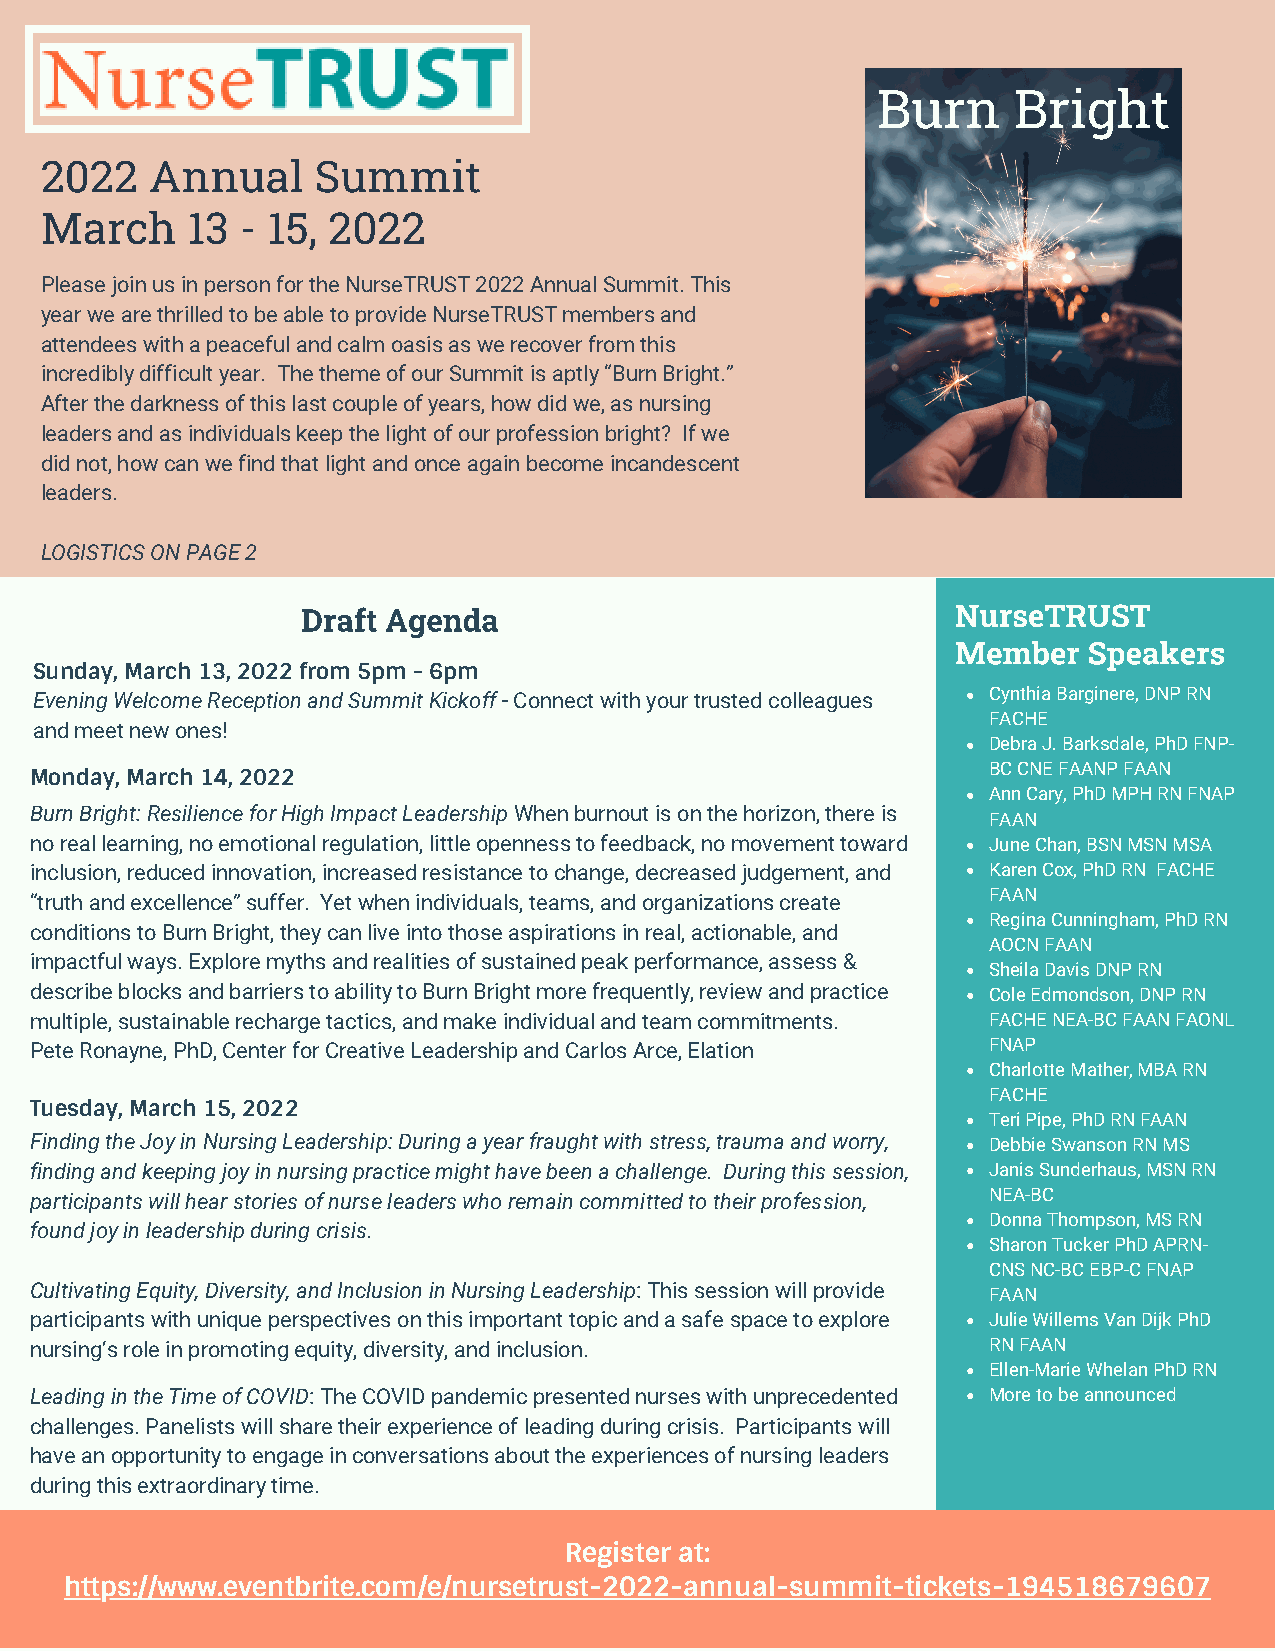
Burn     Bright
 2022   Annual     Summit
 March    13  - 15, 2022
 Please join us in person for the NurseTRUST 2022 Annual Summit. This
 year we are thrilled to be able to provide NurseTRUST members and
 attendees with a peaceful and calm oasis as we recover from this
 incredibly difficult year. The theme of our Summit is aptly “Burn Bright.”
 After the darkness of this last couple of years, how did we, as nursing
 leaders and as individuals keep the light of our profession bright? If we
 did not, how can we find that light and once again become incandescent
 leaders.
 LOGISTICS ON PAGE 2
 Draft Agenda                               NurseTRUST
 Sunday, March 13, 2022 from 5pm - 6pm                        Member   Speakers
 Evening Welcome Reception and Summit Kickoff - Connect with your trusted colleagues Cynthia Barginere, DNP RN
 FACHE
 and meet new ones!
 Debra J. Barksdale, PhD FNP-
 BC CNE FAANP FAAN
 Monday, March 14, 2022
 Ann Cary, PhD MPH RN FNAP
 Burn Bright: Resilience for High Impact Leadership When burnout is on the horizon, there is
 FAAN
 no real learning, no emotional regulation, little openness to feedback, no movement toward June Chan, BSN MSN MSA
 inclusion, reduced innovation, increased resistance to change, decreased judgement, and Karen Cox, PhD RN FACHE
 FAAN
 “truth and excellence” suffer. Yet when individuals, teams, and organizations create
 Regina Cunningham, PhD RN
 conditions to Burn Bright, they can live into those aspirations in real, actionable, and
 AOCN FAAN
 impactful ways. Explore myths and realities of sustained peak performance, assess &
 Sheila Davis DNP RN
 describe blocks and barriers to ability to Burn Bright more frequently, review and practice Cole Edmondson, DNP RN
 multiple, sustainable recharge tactics, and make individual and team commitments. FACHE NEA-BC FAAN FAONL
 Pete Ronayne, PhD, Center for Creative Leadership and Carlos Arce, Elation FNAP
 Charlotte Mather, MBA RN
 FACHE
 T uesday, March 15, 2022
 Teri Pipe, PhD RN FAAN
 F inding the Joy in Nursing Leadership: During a year fraught with stress, trauma and worry, Debbie Swanson RN MS
 finding and keeping joy in nursing practice might have been a challenge. During this session, Janis Sunderhaus, MSN RN
 participants will hear stories of nurse leaders who remain committed to their profession, NEA-BC
 Donna Thompson, MS RN
 found joy in leadership during crisis.
 Sharon Tucker PhD APRN-
 CNS NC-BC EBP-C FNAP
 Cultivating Equity, Diversity, and Inclusion in Nursing Leadership: This session will provide FAAN
 participants with unique perspectives on this important topic and a safe space to explore Julie Willems Van Dijk PhD
 nursing’s role in promoting equity, diversity, and inclusion.  RN FAAN
 Ellen-Marie Whelan PhD RN
 Leading in the Time of COVID: The COVID pandemic presented nurses with unprecedented More to be announced
 challenges. Panelists will share their experience of leading during crisis. Participants will
 have an opportunity to engage in conversations about the experiences of nursing leaders
 during this extraordinary time.
 Register at:
 https://www.eventbrite.com/e/nursetrust-2022-annual-summit-tickets-194518679607